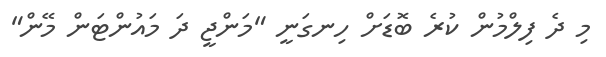
މި ދެ ފިލްމުން ކުރެ ބޮޑަށް ހިނގަނީ "މަންޖީ ދަ މައުންޓަން މޭން"